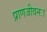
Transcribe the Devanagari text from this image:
प्राणजीवनः।